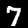
Digit: 7